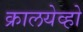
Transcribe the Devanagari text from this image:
क्रालयेव्हो